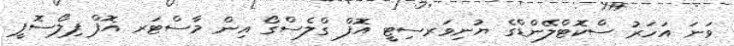
ވަނަ އަހަރު ސްކޮޓްލޭންޑްގެ ޔުނިވަރސިޓީ އޮފް ގްލެސްގޯ އިން މާސްޓަރ އޮފް ފިލޯސޮފީ